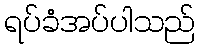
ရပ်ခံအပ်ပါသည်